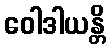
ဝေါဒါယန္တိ